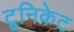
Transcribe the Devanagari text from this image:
टूनिकेट